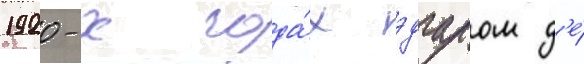
1920-х года́х эдгаром д'е́